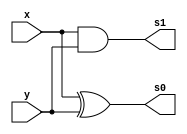
// ------------------------- 
// Exemplo0053  Soma e Subtracao
// Nome: Mateus Augusto Moraes Ferreira  
// ------------------------- 
 
// ------------------------- 
//  soma e subtracao (incremento de 1)
// ------------------------- 
module half_adder (output s0,	 
                  output s1,  
                  input x,  
                  input y); 
 

and AND1(s1,x,y);
xor XOR1(s0,x,y);

endmodule 

// ------------------------- 
module full_adder (output s0,	 
                   output s1,  
                   input x,  
                   input y,  
                   input c_in); 
 

wire half_adder1[0:1];
wire half_adder2[0:1];

half_adder porta1(half_adder1[1],half_adder1[0],x,y);
half_adder porta2(half_adder2[1],half_adder2[0],half_adder1[1],c_in);

assign s0 = half_adder2[1];
or(s1,half_adder1[0],half_adder2[0]);
 
endmodule 
//---------------------------------
module somachave (output s0,
                  output s1,
						input x,
						input y,
						input c_in,
						input chave);
						
wire XOR1;
xor XOR_g(XOR1,y,chave);
full_adder Sum(s0,s1,x,XOR1,c_in);	

endmodule
//---------------------------------
module somacompleta6(output[5:0] s0,
						   input[5:0] x,
						   input[5:0] y,
						   input chave);
						 
						 
      wire [5:0] w; 
      wire [5:0] z;      
      wire c1;
		wire c2;
		wire c3;
		wire c4;
		wire c5;
		wire c6;
					
		somachave soma00(s0[0],c1,x[0],y[0],chave,chave);
		somachave soma11(s0[1],c2,x[1],y[1],c1,chave);
		somachave soma22(s0[2],c3,x[2],y[2],c2,chave);
		somachave soma33(s0[3],c4,x[3],y[3],c3,chave);
		somachave soma44(s0[4],c5,x[4],y[4],c4,chave);
		somachave soma55(s0[5],c6,x[5],y[5],c5,chave);	
		
		endmodule	
// -------------------------------------------------------------	

module circuito(output[5:0] s0,
                input[5:0] x,  
                input[5:0] y,
					 input chave);	
					
	somacompleta6 soma1(s0,x,y,chave);
	
endmodule

//----------------------------------------------------------	

module test_somachave; 

      reg[5:0] x;
		reg[5:0] y;
		reg[5:0] z;
		reg chave;
		
		wire[5:0] w1;
		wire[5:0] w2;
		
		circuito c1(w2,x,z,chave);
		somacompleta6 soma1(w1,w2,y,chave);
				
		
		
 
// ------------------------- ---------------------------------------
 initial begin 
      
		$display("Exemplo0053"); 
      $display("Mateus Augusto Moraes Ferreira Matricula:435669");
		$display("Soma e Subtracao Incremento 1");
		
		x=6'b010011;	z=6'b000110; y=6'b000001; chave=1'b1;	 
		#1 $display("chave=%b (%b - %b) - %b = %b",chave,x,z,y,w1);
		
		x=6'b001011;	z=6'b000110; y=6'b000001; chave=1'b0;	
		#1 $display("chave=%b (%b + %b) - %b = %b",chave,x,z,y,w1);
		

 
 end 
 
endmodule